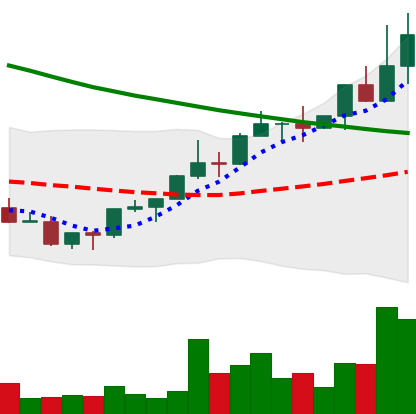
Ticker: NEO-USD
Chart end date: 2022-03-30
Forward return: -4.051%
Label: down_3_5